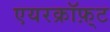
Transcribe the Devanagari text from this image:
एयरक्रॉफ़्ट